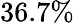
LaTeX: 36.7\%